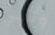
وتأتي